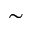
\sim